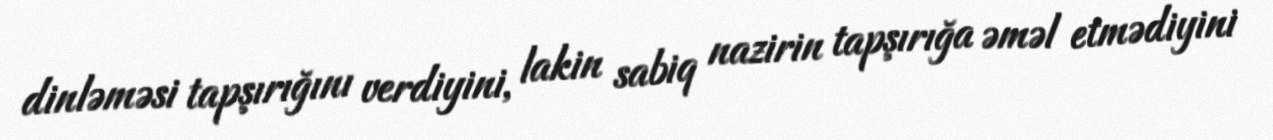
dinləməsi tapşırığını verdiyini, lakin sabiq nazirin tapşırığa əməl etmədiyini